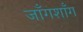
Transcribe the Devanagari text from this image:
जाँगशाँग